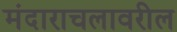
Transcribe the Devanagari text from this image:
मंदाराचलावरील